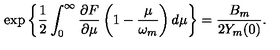
\exp \left\{ \frac { 1 } { 2 } \int _ { 0 } ^ { \infty } \frac { \partial F } { \partial \mu } \left( 1 - \frac { \mu } { \omega _ { m } } \right) d \mu \right\} = \frac { B _ { m } } { 2 Y _ { m } ( 0 ) } .